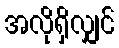
အလိုရှိလျှင်